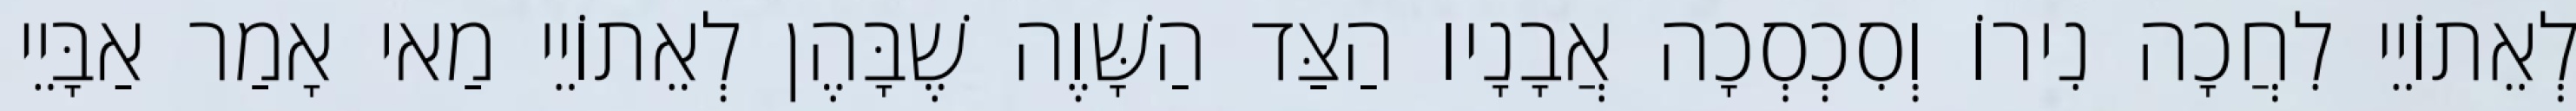
לְאֵתוֹיֵי לִחֲכָה נִירוֹ וְסִכְסְכָה אֲבָנָיו הַצַּד הַשָּׁוֶה שֶׁבָּהֶן לְאֵתוֹיֵי מַאי אָמַר אַבָּיֵי